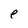
Character: e